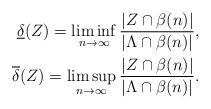
LaTeX: \begin{align*} \underline{\delta}(Z) = \liminf_{n \to \infty} \frac{|Z \cap \beta(n)|}{|\Lambda \cap \beta(n)|},\\ \overline{\delta}(Z) = \limsup_{n \to \infty} \frac{|Z \cap \beta(n)|}{|\Lambda \cap \beta(n)|}.\end{align*}